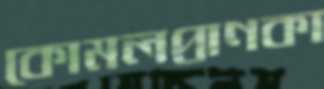
কোমলপ্রাণকা